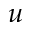
u